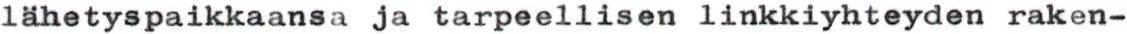
lähetyspaikkaansa ja tarpeellisen linkkiyhteyden raken-